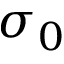
\sigma _ { 0 }